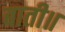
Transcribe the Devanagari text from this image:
बाती॥